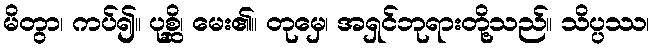
မိတွာ၊ ကပ်၍။ ပုစ္ဆိ၊ မေး၏။ တုမှေ၊ အရှင်ဘုရားတို့သည်။ သိပ္ပဿ၊